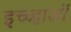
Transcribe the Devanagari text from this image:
इच्च्हाओं